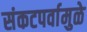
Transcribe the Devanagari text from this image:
संकटपर्वामुळे